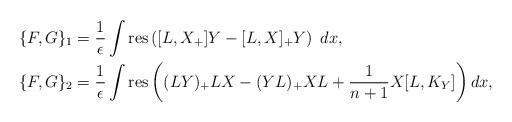
LaTeX: \begin{align*}&\{F,G\}_1 = \frac{1}{\epsilon} \int \mathrm{res} \left([L,X_+] Y-[L,X]_+Y\right) \; dx ,\\&\{F,G\}_2 = \frac{1}{\epsilon} \int \mathrm{res} \left( (LY)_+ LX - (YL)_+ XL + \frac{1}{n+1} X[L,K_Y] \right) dx ,\end{align*}